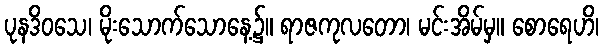
ပုနဒိဝသေ၊ မိုးသောက်သောနေ့၌။ ရာဇကုလတော၊ မင်းအိမ်မှ။ စောရေဟိ၊